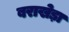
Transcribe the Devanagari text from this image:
बराखेड़ा